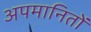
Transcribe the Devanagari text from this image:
अपमानितों